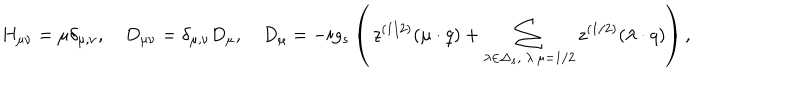
LaTeX: H _ { \mu \nu } = \mu \delta _ { \mu , \nu } , \quad D _ { \mu \nu } = \delta _ { \mu , \nu } D _ { \mu } , \quad D _ { \mu } = - i g _ { s } \left( \, z ^ { ( 1 / 2 ) } ( \mu \cdot q ) + \sum _ { \lambda \in \Delta _ { s } , \ \lambda \cdot \mu = 1 / 2 } z ^ { ( 1 / 2 ) } ( \lambda \cdot q ) \right) ,